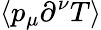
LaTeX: \langle p_{\mu}\partial^{\nu}T\rangle